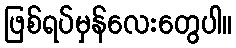
ဖြစ်ရပ်မှန်လေးတွေပါ။